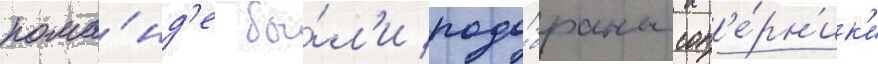
кома́нд'е бы́л'и подо́браны соп'е́рн'ик'и